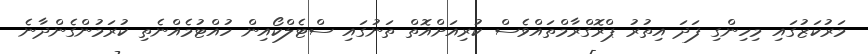
މަރުކަޒުގައި މިހިންގި ފަދަ އިތުރު ޕްރޮގްރާމްތައްވެސް ކުރިއަށްއޮތް ތަނުގައި ސްޓެލްކޯއިން ހުއްޓުމެއްނެތި ކުރަމުންގެންދާނެ